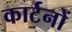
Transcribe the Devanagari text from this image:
कार्टनों